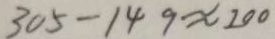
3 0 5 - 1 4 9 \approx 2 0 0